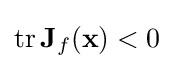
\operatorname {tr} \mathbf {J} _{f}(\mathbf {x} )<0